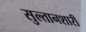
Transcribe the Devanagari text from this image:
सुल्तानशारी